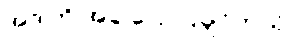
အဲဒါကို အခု ပြောပြချင်တယ်။